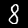
Label: 8